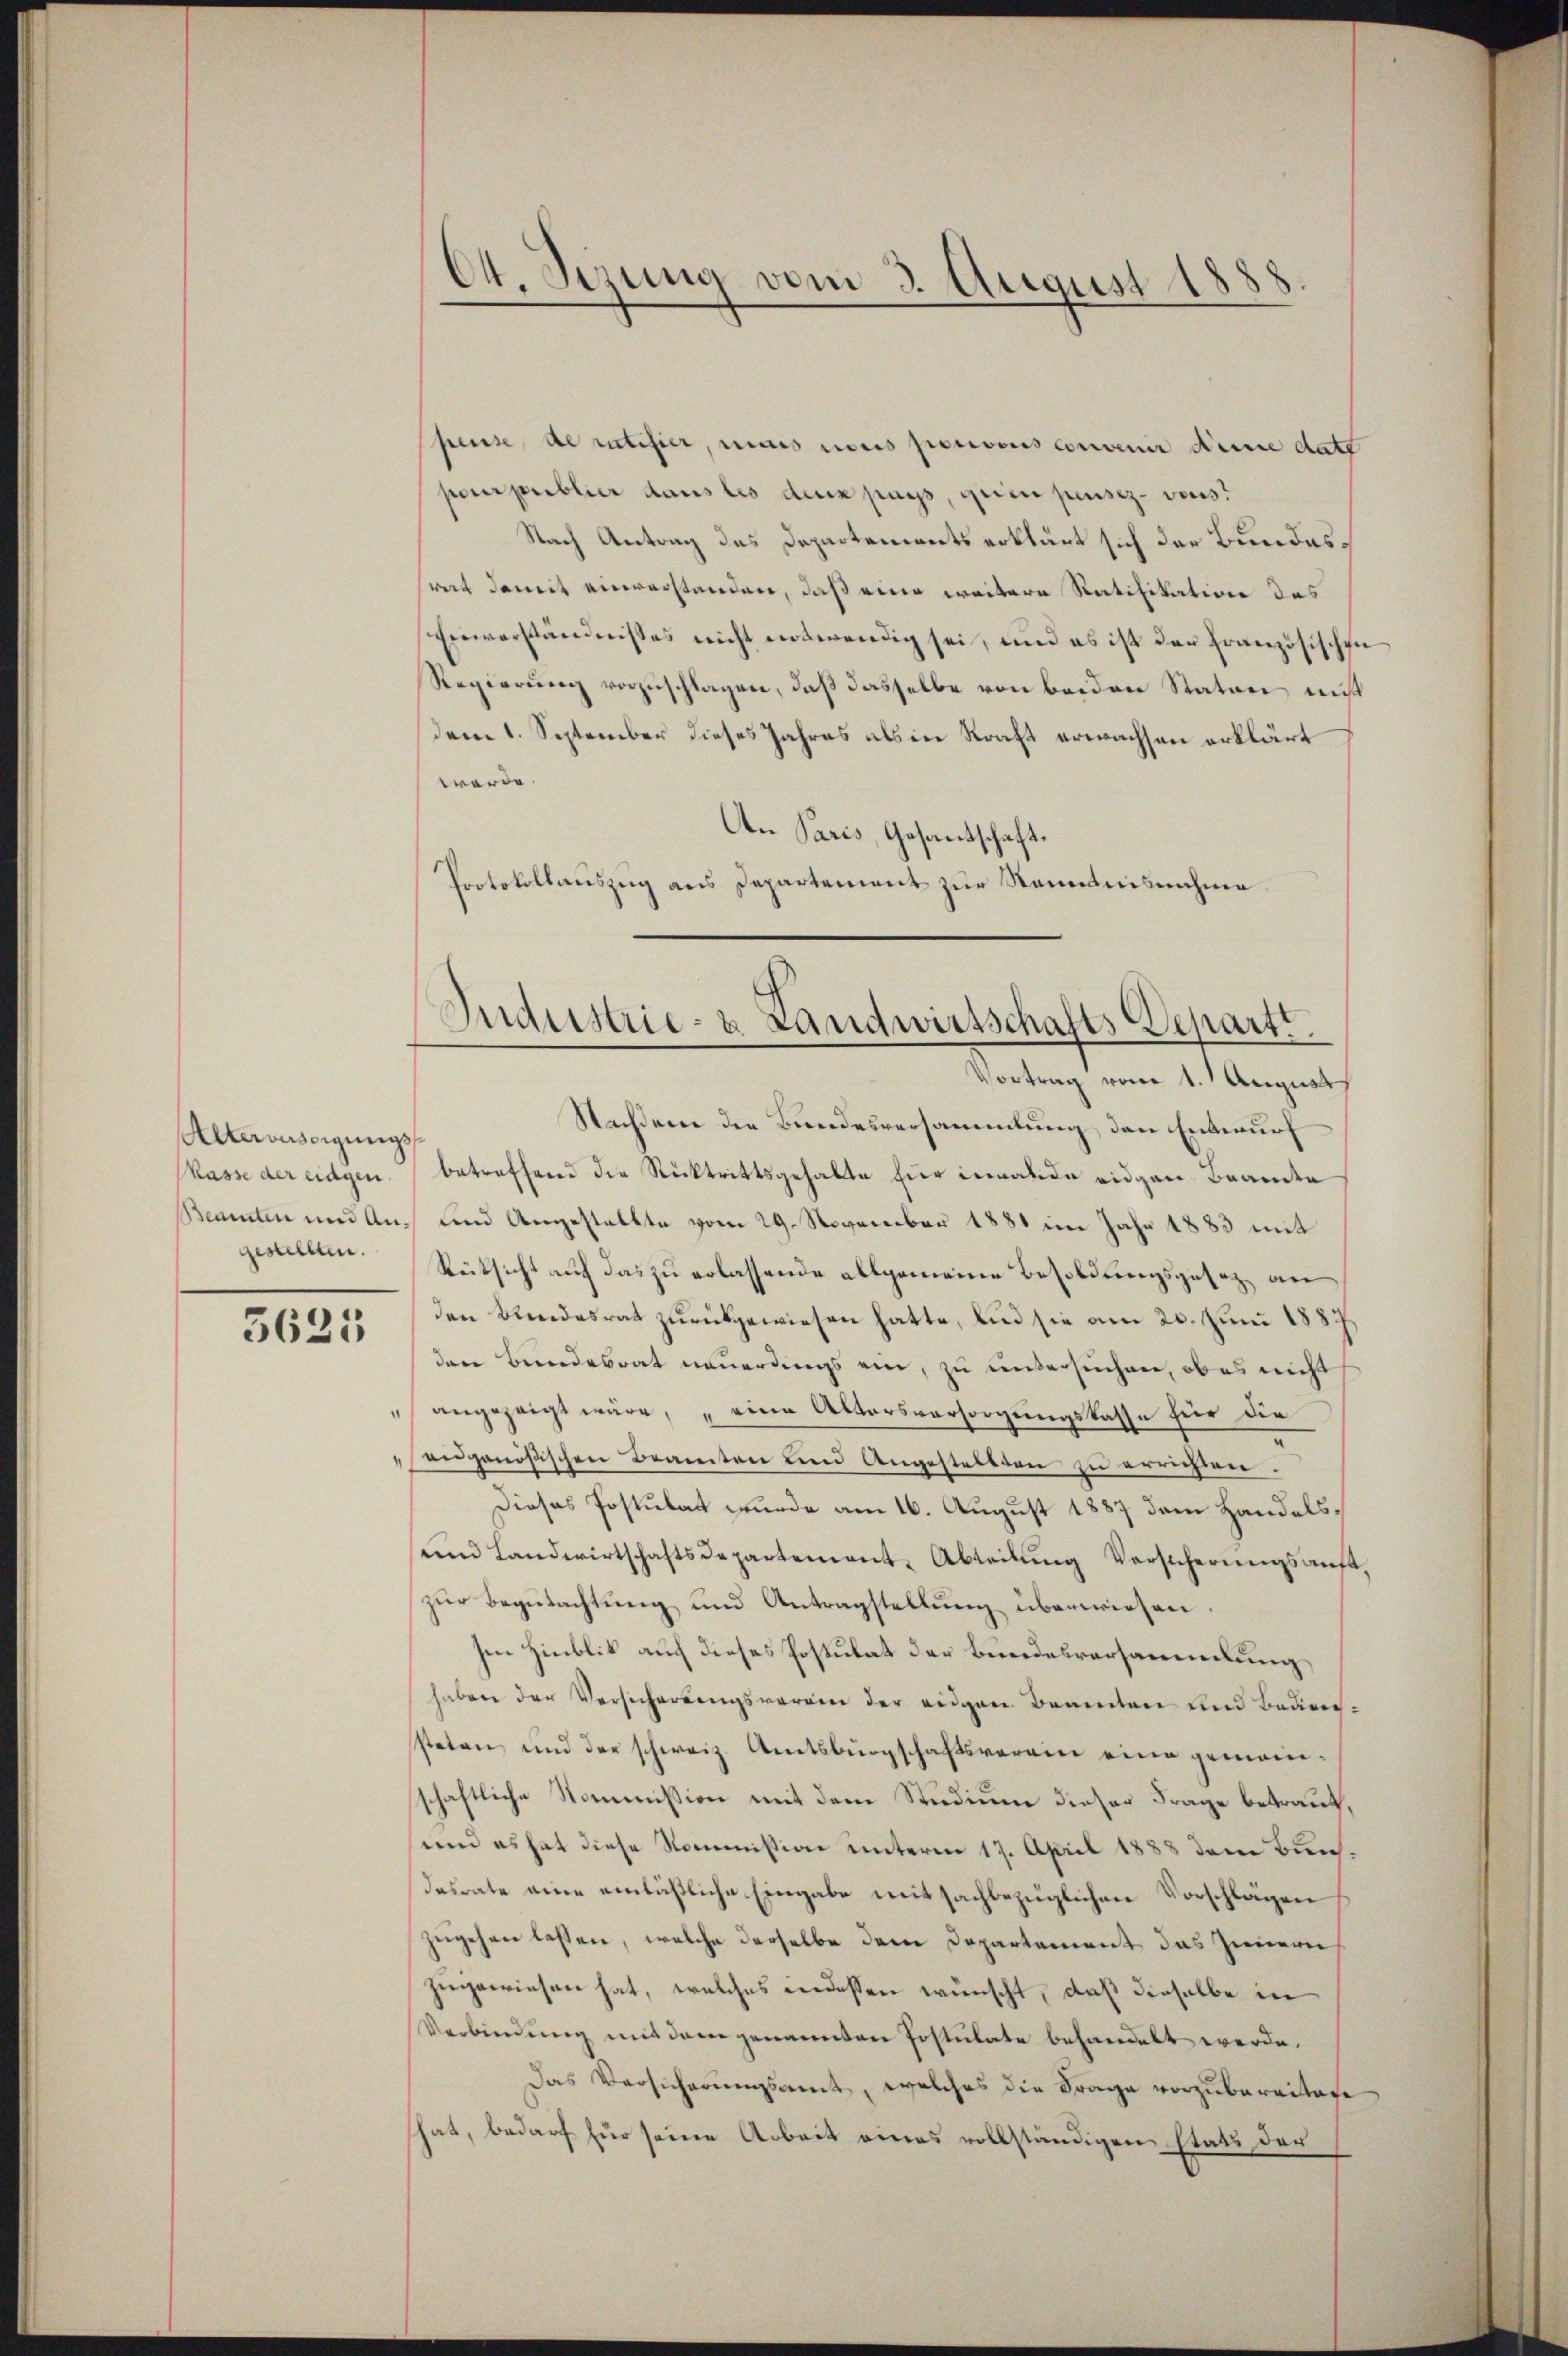
Alterbesorgungs
gestellten.

3621

64. Sezung vom 3. August 1888

Chause, de ratifier, mais nous pouvous convenir deine date
ponerproblier dans les durch pass, grien pensez-vous.
Nach Antrag des Departements erklärt sich der Bundessrat damit einverstanden, daß eine weitere Ratifikation des
Einverständnisses nicht entwendig sei, und es ist der Französischen
Regierung vorzuschlagen, daß dasselbe von beiden Staten nicht
dem 1. September dieses Jahres als in Kraft erwachsen erklärt
werde.
An Paris, Gesandtschaft.
Protokollauszug aus Departement zur Kenntnisnahme

Industrie- & Landwirtschafts Departi.
Vortrag vom 1. August

Nachdem die Bundesversammlung, den Entwurf
Kasse der eidgen. betreffend die Rücktrittsgehalte für invalide eidgen. Beamte
Bementen und Aus und Angestellte vom 29. November 1881 im Jahr 1883 mit
Rücksicht auf das zu erlassende allgemeine Besoldungsgesetz an
den Bundesrat zurückgewiesen hatte, und sie am 20. Juni 1887.
den Bundesrat neuerdings ein, zu untersuchen, ob es nicht
angezeigt wäre, eine Altersversorgungskasse für die
engenößischen Beamten und Angestellten zu errichten.
Dieses Postulat wurde am 16. August 1887 dem Handelsŭnd Landwirtschaftsdepartement-Abteilŭng Versicherŭngsaŭft,
zur Begutachtung und Antragstellung überwiesen.
sen Hinblik auf dieses Postulat der Bundesversammlung,
haben der Versicherungsverren der eidgen. Beamten und Bediensteten und der schweiz. Amtsbürgschaftsverein eine gemeinschaftliche Kommission mit dem Studium dieser Frage betraut,
und es hat diese Kommission unterm 17. April 1888 dem Bundesrate eine einläßliche Eingabe mitsachbezüglichen Vorschlägen
zugehen lassen, welche derselbe dem Departement das Innern
zugewiesen hat, welches indessen wünscht, daß dieselbe in
Verbindung mit dem genannten Postulate behandelt werde.
Das Versicherungsamt, welches die Frage vorzubereitage
hat, bedarf für seine Arbeit eines vollständigen stats der